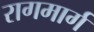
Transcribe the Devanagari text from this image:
रागमार्ग